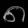
Digit: ၈